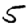
Digit: 5